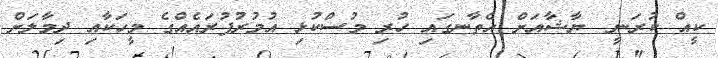
ކީއް ކުރަނީ  ޔާޝާއަށް އެތާނގައި ހުރި މުސްކުޅި އުމުރުފުރައެއްގެ މީހަކާއި ދިމާލަށް